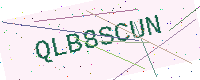
Text: QLB8SCUN